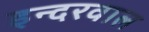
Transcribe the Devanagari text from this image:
इन्दरवाल